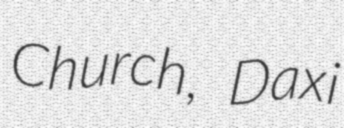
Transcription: Church, Daxi